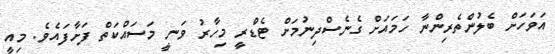
އަވަހަށް ބެލުންތެރިންނާ ހަމައަށް ގެނެސްދިނުމަށް ޓެޑްރީ މިހާރު ވަނީ މަސައްކަތް ފަށާފައެވެ. މިއީ